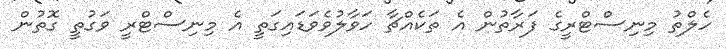
ހެލްތު މިނިސްޓްރީގެ ފަރާތުން އެ ތަކެއްޗާ ހަވާލުވެވަޑައިގަތީ އެ މިނިސްޓްރީ ވަގުތީ ގޮތުން